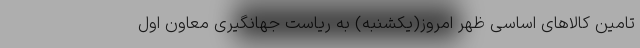
تامین کالاهای اساسی ظهر امروز(یکشنبه) به ریاست جهانگیری معاون اول